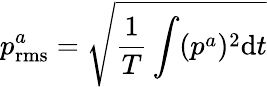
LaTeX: p_{\mathrm{rms}}^{a}=\sqrt{\frac{1}{T}\int(p^{a})^{2}\mathrm{d}t}